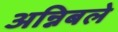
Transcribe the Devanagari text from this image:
अन्निबले